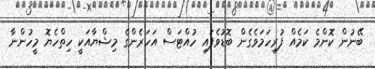
ބޭނުން ކޮންމެ ކަމެއް ފުރިހަމަވެގެން ބޮޑުވެފައި ހުއްޓަސް އަހަރެންގެ މިޝްޔާއަކީ ހިތްހެޔޮ މީހުންނާ